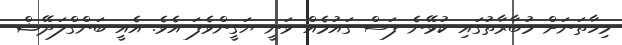
މިހާތަނަށް މުބާރާތުގައި ކުޅޭނެ ފަސް ގައުމެއް ވަނީ ޔަގީންވެފަ އެވެ. އެއީ ބަންގްލަދޭޝް